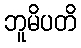
ဘူမိပတိ